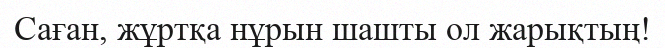
Саған, жұртқа нұрын шашты ол жарықтың!